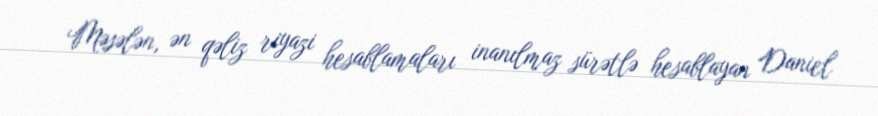
Məsələn, ən qəliz riyazi hesablamaları inanılmaz sürətlə hesablayan Daniel